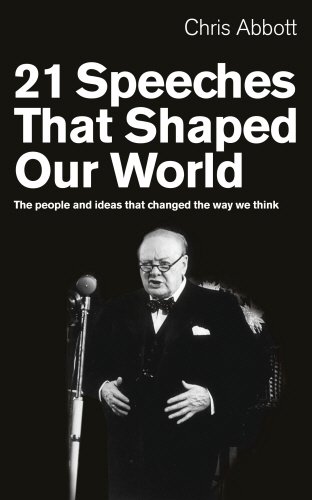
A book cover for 21 Speeches That Shaped Our World: The People and Ideas That Changed the Way We Think; Chris Abbott; Literature & Fiction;